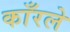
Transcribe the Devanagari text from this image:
काँरले